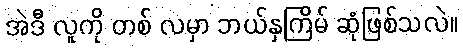
အဲဒီ လူကို တစ် လမှာ ဘယ်နှကြိမ် ဆုံဖြစ်သလဲ။